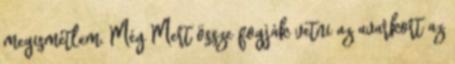
megismétlem. Még Mert össze fogják vetni az avarkort az